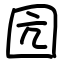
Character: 囥